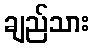
ချည်သား